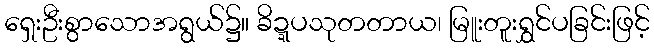
ရှေးဦးစွာသောအရွယ်၌။ ခိဍ္ဍပသုတတာယ၊ မြူးတူးရွှင်ပခြင်းဖြင့်